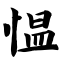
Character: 愠